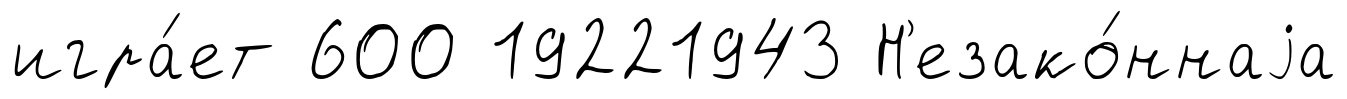
игра́ет 600 19221943 Н'езако́ннаjа